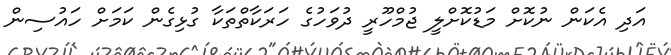
އަދި އެކަން ނުކޮށް މަޑުކޮށްލީ ޖުމްހޫރީ ދުވަހުގެ ހަރަކާތްތަކާ ގުޅިގެން ކަމަށް ހައުސިން